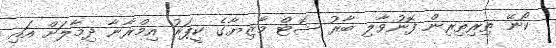
ކޯނޭ ތިރިތިރިން ފޮނުވާލި ބާރު ޝޮޓް މާޒިޔާގެ ކީޕަރު އިމްރާނާ ދިމާލަށް އައި